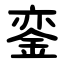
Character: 銮